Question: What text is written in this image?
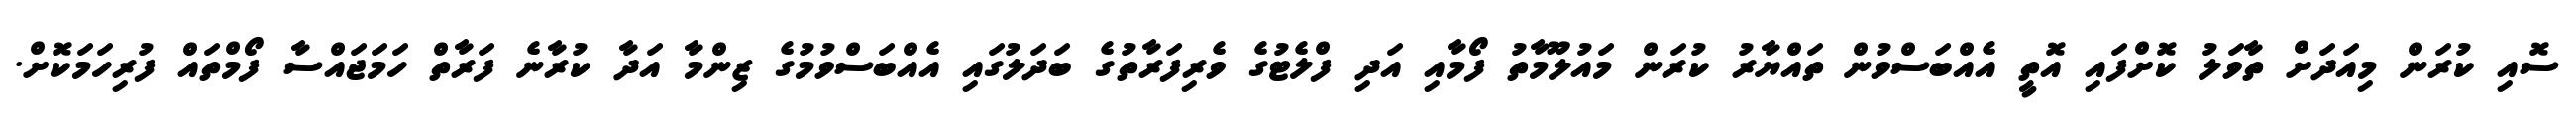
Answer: ސޮއި ކުރަން މިއަދަށް ތާވަލު ކޮށްފައި އޮތީ އެއްބަސްވުން ތައްޔާރު ކުރަން މައުލޫމާތު ފޯމާއި އަދި ފްލެޓުގެ ވެރިފަރާތުގެ ބަދަލުގައި އެއްބަސްވުމުގެ ޒިންމާ އަދާ ކުރާނެ ފަރާތް ހަމަޖައްސާ ފޯމްތައް ފުރިހަމަކޮށް.